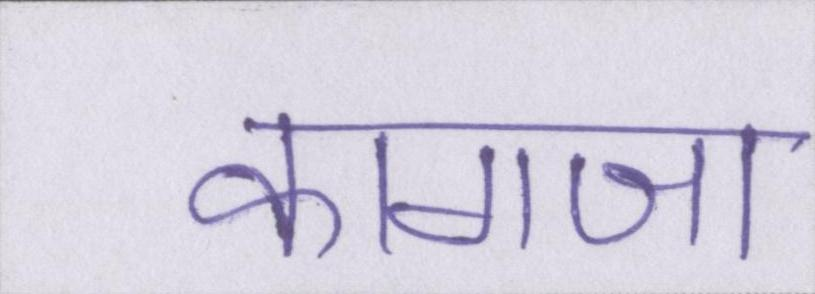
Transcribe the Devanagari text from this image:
कागजा